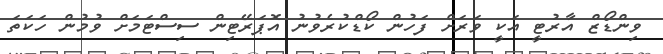
ވިންޑޯޒް އާރުޓީ އަކީ ވަރަށް ފަހުން ކޯޑްކުރެވުނު އޮޕަރޭޓިން ސިސްޓަމަށް ވުމުން ހަކަތަ